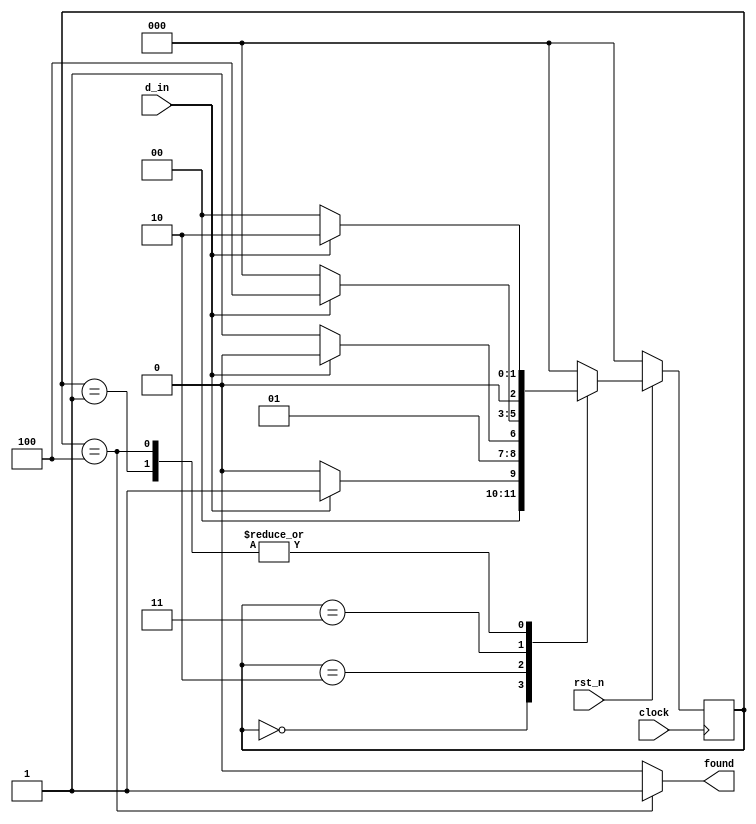
module lab6_seq_1101 (
  input rst_n, clock,
  input d_in,
  output reg found
);

  localparam S0 = 0;
  localparam S1 = 1;
  localparam S2 = 2;
  localparam S3 = 3;
  localparam S4 = 4;

  reg [2:0] cstate, nstate;

  always @( posedge clock )
    if( !rst_n )
      cstate <= S0;
    else
      cstate <= nstate;

  always @* begin
    found = 0;
    case ( cstate )
      S0 : nstate = d_in ? S1 : S0;
      S1 : nstate = d_in ? S2 : S0;
      S2 : nstate = d_in ? S2 : S3;
      S3 : nstate = d_in ? S4 : S0;
      S4 : begin
        nstate = d_in ? S2 : S0;
        found  = 1;
      end
      default : nstate = S0;
    endcase
  end

endmodule